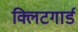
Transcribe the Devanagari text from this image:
क्लिटगार्ड